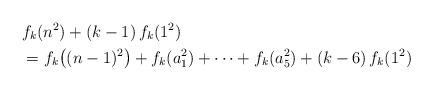
LaTeX: \begin{align*}&f_k(n^2) + (k-1)\,f_k(1^2) \\&= f_k\big( (n-1)^2 \big) + f_k(a_1^2) + \dotsb + f_k(a_5^2) + (k-6)\,f_k(1^2)\end{align*}